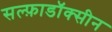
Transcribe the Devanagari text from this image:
सल्फ़ाडॉक्सीन